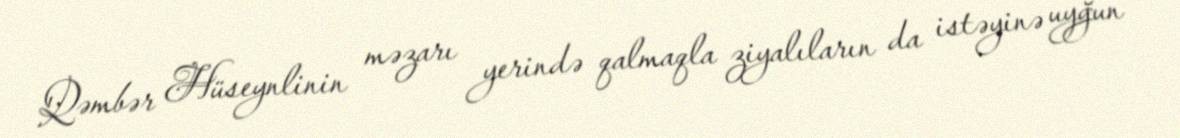
Qəmbər Hüseynlinin məzarı yerində qalmaqla ziyalıların da istəyinə uyğun